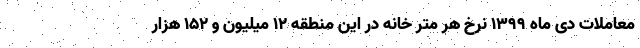
معاملات دی ماه ۱۳۹۹ نرخ هر متر خانه در این منطقه ۱۲ میلیون و ۱۵۲ هزار